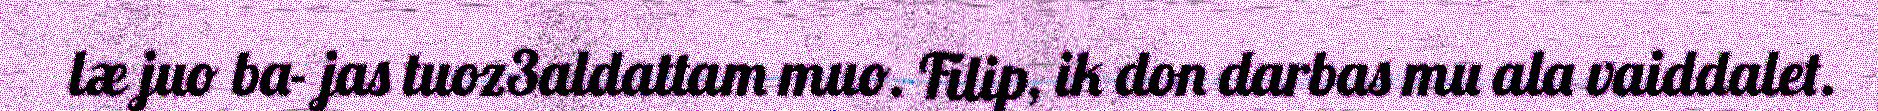
læ juo ba- jas tuoz3aldattam muo. Filip, ik don darbas mu ala vaiddalet.